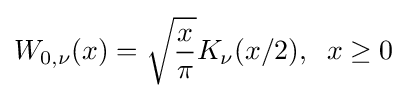
W_{0,\nu }(x)={\sqrt {\frac {x}{\pi }}}K_{\nu }(x/2),\;\;x\geq 0